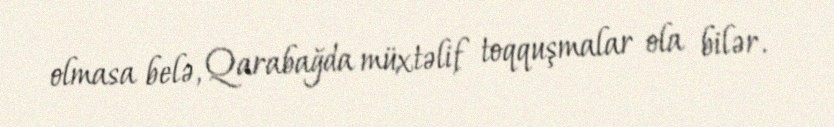
olmasa belə, Qarabağda müxtəlif toqquşmalar ola bilər.